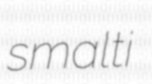
smalti